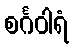
စင်္ဂဝါရံ